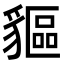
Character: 貙